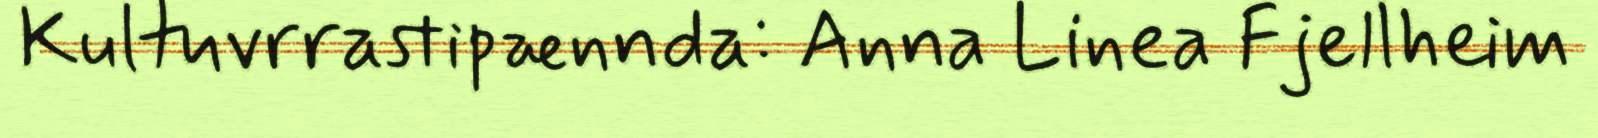
Kultuvrrastipænnda: Anna Linea Fjellheim